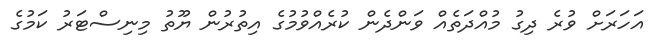
އަހަރަށް ވުރެ ދިގު މުއްދަތެއް ވަންދެން ކުރެއްވުމުގެ އިތުރުން ޔޫތު މިނިސްޓަރު ކަމުގެ